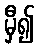
မှီ၍